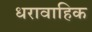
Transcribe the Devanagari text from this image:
धरावाहिक